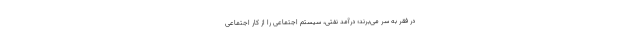
در فقر به سر می‌برند؛ درآمد نفتی، سیستم اجتماعی را از کار اجتماعی